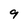
Character: 9